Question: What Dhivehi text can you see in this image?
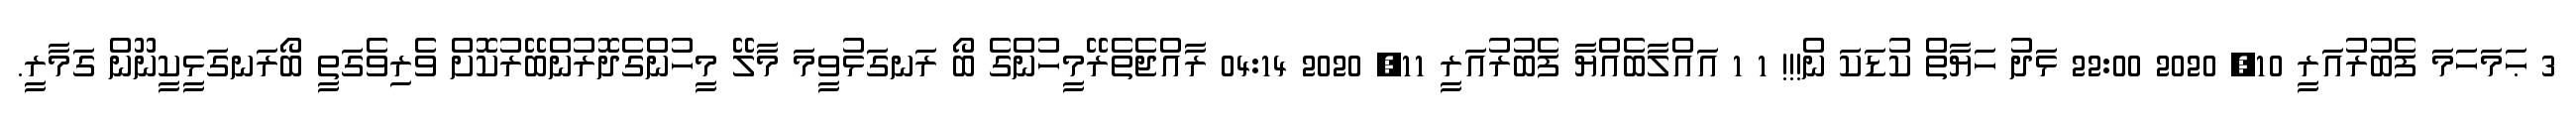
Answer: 3 ޙަމަހަމަ ފެބުރުއަރީ 10, 2020 22:00 ޅަދު ހަޔާތް ކުޑަކަ ން!!! 1 1 އައްލާބެއްޔާ ފެބުރުއަރީ 11, 2020 04:14 ރާއްޖެތެރޭމީހުންގެ ބޯ ރަނގަޅުވީމަ މާލޭ މީހުންގެދޮރުންބޭރުކޮށް ވެރިވެގަތީ ބޯރަނގަޅީކީނޫން ގަމާރީ.